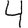
Digit: 4